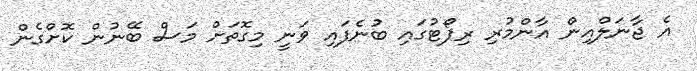
އެ ޖާނަލްއިން އާންމުރި ރިޕޯޓުގައި ބުނެފައި ވަނީ މިގޮތަށް މަސް ބޭނުން ކޮށްގެން